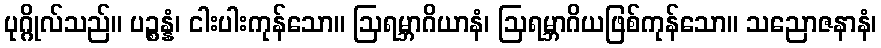
ပုဂ္ဂိုလ်သည်။ ပဉ္စန္နံ၊ ငါးပါးကုန်သော။ ဩရမ္ဘာဂိယာနံ၊ ဩရမ္ဘာဂိယဖြစ်ကုန်သော။ သညောဇနာနံ၊